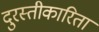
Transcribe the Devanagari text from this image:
दुरस्तीकारिता